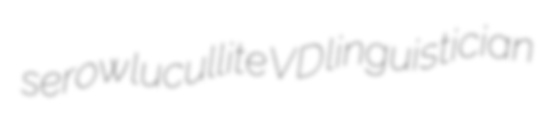
serow lucullite VD linguistician